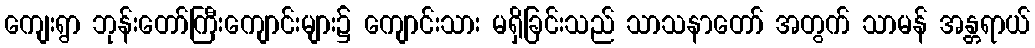
ကျေးရွာ ဘုန်းတော်ကြီးကျောင်းများ၌ ကျောင်းသား မရှိခြင်းသည် သာသနာတော် အတွက် သာမန် အန္တရာယ်